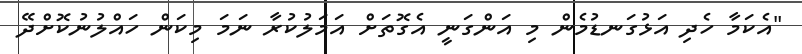
"އެކަމާ ހެދި އަޅުގަނޑުމެން މި އަންގަނީ އެގޮތަށް އަމަލުކުރާ ނަމަ މިކަން ހައްލުނުކޮށްދޭ